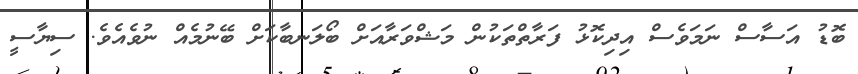
ބޮޑު އަސާސް ނަމަވެސް އިދިކޮޅު ފަރާތްތަކުން މަޝްވަރާއަށް ބޯލަނބާކަށް ބޭނުމެއް ނުވެއެވެ. ސިޔާސީ